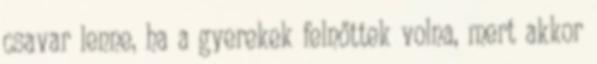
csavar lenne, ha a gyerekek felnőttek volna, mert akkor